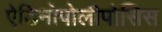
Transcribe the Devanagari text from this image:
ऐडिनोपोलीपोसिस